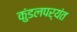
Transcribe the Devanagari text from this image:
कुंडलपर्यंत